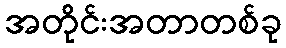
အတိုင်းအတာတစ်ခု